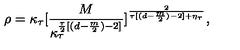
\rho = \kappa _ { \tau } [ \frac { M } { \kappa _ { \tau } ^ { \frac { \tau } { 2 } [ ( d - \frac { m } { 2 } ) - 2 ] } } ] ^ { \frac { 2 } { \tau [ ( d - \frac { m } { 2 } ) - 2 ] + \eta _ { \tau } } } ,